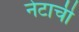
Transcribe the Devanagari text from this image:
नेटाची